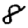
Digit: 8